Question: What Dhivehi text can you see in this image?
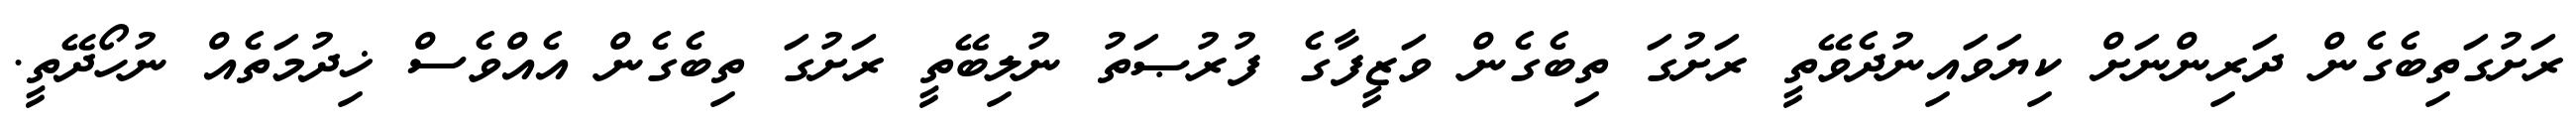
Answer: ރަށުގަތިބެގެން ދަރިންނަށް ކިޔަވައިނުދެވޭތީ ރަށުގަ ތިބެގެން ވަޒީފާގެ ފުރުޞަތު ނުލިބޭތީ ރަށުގަ ތިބެގެން އެއްވެސް ޚިދުމަތެއް ނުހޯދޭތީ.